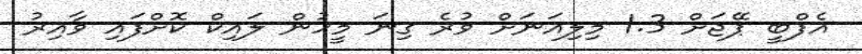
އެފްބީ ޕޭޖަށް 1.3 މިލިއަނަށް ވުރެ ގިނަ މީހުން ލައިކް ކޮށްފައި ވާއިރު